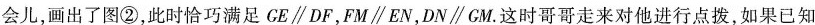
会儿，画出了图②，此时恰巧满足GE//DF，FM//EN，DN//GM。这时哥哥走来对他进行点拨，如果已知